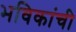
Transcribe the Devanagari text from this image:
भविकांची